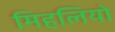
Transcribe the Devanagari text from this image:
मिहलियो